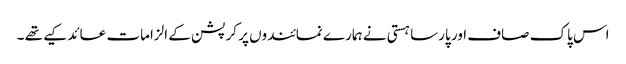
اس پاک صاف اور پارسا ہستی نے ہمارے نمائندوں پر کرپشن کے الزامات عائد کیے تھے ۔